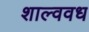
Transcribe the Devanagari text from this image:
शाल्ववध